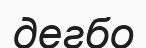
дегбо